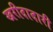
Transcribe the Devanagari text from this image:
खरीदादारी